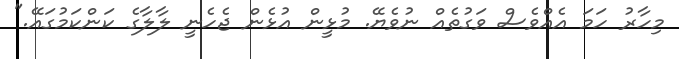
މިހާރު ހަމަ އެއްވެސް ވަގުތެއް ނުވެޔޭ. މުޅީން އުޅެން ޖެހެނީ ލާލާގެ ކަންކަމުގައޭ."